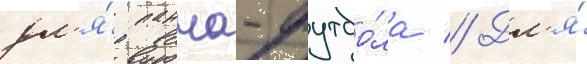
дл'я́ панна-футбо́ла // Дл'я́